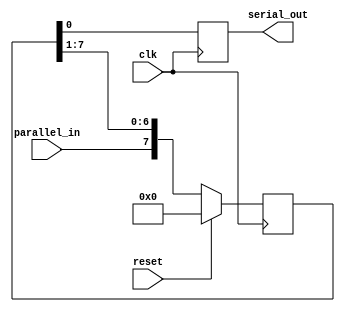
module PISO_shift_register(
    input clk,
    input reset,
    input parallel_in,
    output reg serial_out
);

reg [7:0] data;
reg [7:0] shift_register;

always @(posedge clk) begin
    if (reset) begin
        shift_register <= 8'b0;
    end else begin
        shift_register <= {parallel_in, shift_register[7:1]};
    end
    serial_out <= shift_register[0];
end

endmodule